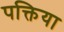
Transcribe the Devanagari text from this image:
पक्तिया